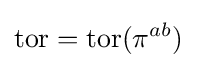
\operatorname {tor} =\operatorname {tor} (\pi ^{ab})